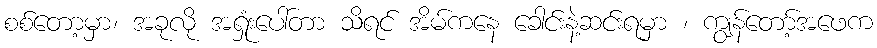
စစ်တော့မှာ၊ အခုလို အရှုံးပေါ်တာ သိရင် အိမ်ကနေ ခေါင်းနဲ့ဆင်းရမှာ ၊ ကျွန်တော့်အဖေက